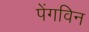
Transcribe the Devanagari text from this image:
पेंगविन